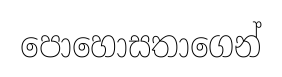
පොහොසතාගෙන්